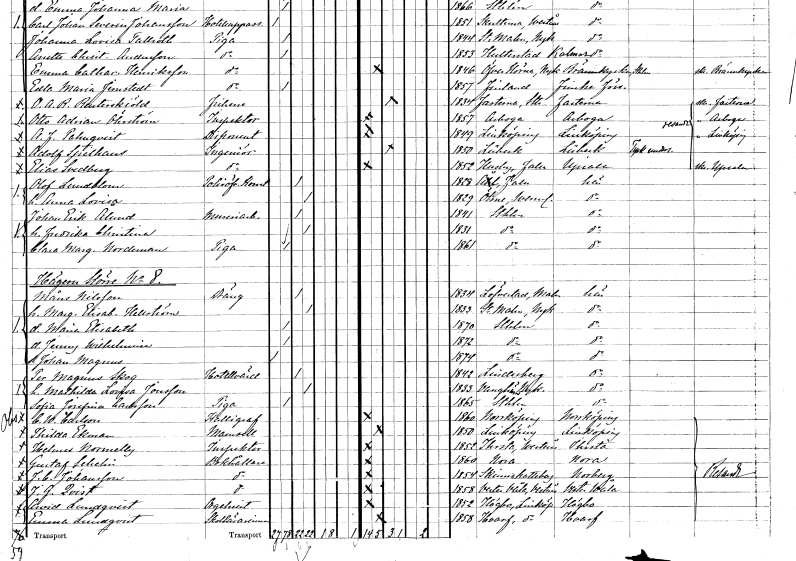
gt_parse: households: individuals: FN: Olof
EN: Lundblom
YRKE: Polisöverkonstapel
KON: M
CIV: G
FODAR: 1828
FODFORS: Ål Kopparbergs län
FN: Anna Lovisa
KON: K
CIV: G
FODAR: 1829
FODFORS: Ölme Värmlands län
FN: Johan Erik
EN: Ålund
YRKE: Mureriarbetare
KON: M
CIV: G
FODAR: 1841
FODFORS: Stockholm
FN: Fredrika Christina
KON: K
CIV: G
FODAR: 1831
FODFORS: Stockholm
FN: Clara Margareta
EN: Nordeman
YRKE: Piga
KON: K
CIV: O
FODAR: 1861
FODFORS: Stockholm
FN: Måns
EN: Nilsson
YRKE: Dräng
KON: M
CIV: G
FODAR: 1834
FODFORS: Lövestad Malmöhus län
FN: Margareta Elisabet
EN: Hellström
KON: K
CIV: G
FODAR: 1833
FODFORS: Stora Malm Södermanlands län
FN: Maria Elisabeth
KON: K
CIV: O
FODAR: 1870
FODFORS: Stockholm
FN: Jenny Wilhelmina
KON: K
CIV: O
FODAR: 1872
FODFORS: Stockholm
FN: Johan Magnus
KON: M
CIV: O
FODAR: 1874
FODFORS: Stockholm
FN: Per Magnus
EN: Skog
YRKE: Hotellvärd
KON: M
CIV: G
FODAR: 1842
FODFORS: Lindesberg Örebro län
FN: Mathilda Lovisa
EN: Jonsson
KON: K
CIV: G
FODAR: 1833
FODFORS: Varnhem Skaraborgs län
FN: Sofia Josefina
EN: Carlsson
YRKE: Piga
KON: K
CIV: O
FODAR: 1865
FODFORS: Stockholm
FN: Carl Wilhelm
EN: Carlson
YRKE: Kalligraf
KON: M
CIV: O
FODAR: 1860
FODFORS: Norrköping Östergötlands län
FN: Thilda
EN: Ekman
KON: K
CIV: O
FODAR: 1850
FODFORS: Linköping Östergötlands län
FN: Helmer
EN: Normelly
YRKE: Inspektor
KON: M
CIV: O
FODAR: 1852
FODFORS: Irsta Västmanlands län
FN: Gustaf
EN: Schelin
YRKE: Bokhållare
KON: M
CIV: O
FODAR: 1860
FODFORS: Nora Örebro län
FN: Johan Carl
EN: Johansson
YRKE: Bokhållare
KON: M
CIV: O
FODAR: 1854
FODFORS: Skinnskatteberg Västmanlands län
FN: J. G.
EN: Qvist
YRKE: Bokhållare
KON: M
CIV: O
FODAR: 1858
FODFORS: Västervåla Västmanlands län
FN: Arvid
EN: Lundqvist
YRKE: Orgelnist
KON: M
CIV: O
FODAR: 1852
FODFORS: Högby Östergötlands län
FN: Emma
EN: Lundqvist
YRKE: Skollärarinna
KON: K
CIV: O
FODAR: 1858
FODFORS: Varv Östergötlands län